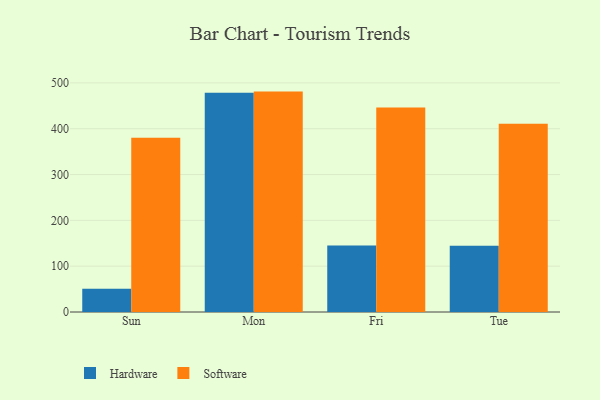
{"axis": {"x": "Day", "y": "Latency (ms)"}, "legend": ["Hardware", "Software"], "data": [{"x": "Sun", "y": 50.6, "type": "Hardware"}, {"x": "Sun", "y": 380.5, "type": "Software"}, {"x": "Mon", "y": 478.7, "type": "Hardware"}, {"x": "Mon", "y": 481.0, "type": "Software"}, {"x": "Fri", "y": 145.4, "type": "Hardware"}, {"x": "Fri", "y": 446.2, "type": "Software"}, {"x": "Tue", "y": 144.7, "type": "Hardware"}, {"x": "Tue", "y": 410.7, "type": "Software"}]}